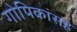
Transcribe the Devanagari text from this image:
गोपिकांसह